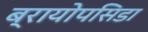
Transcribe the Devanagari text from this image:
ब्रायोपसिडा